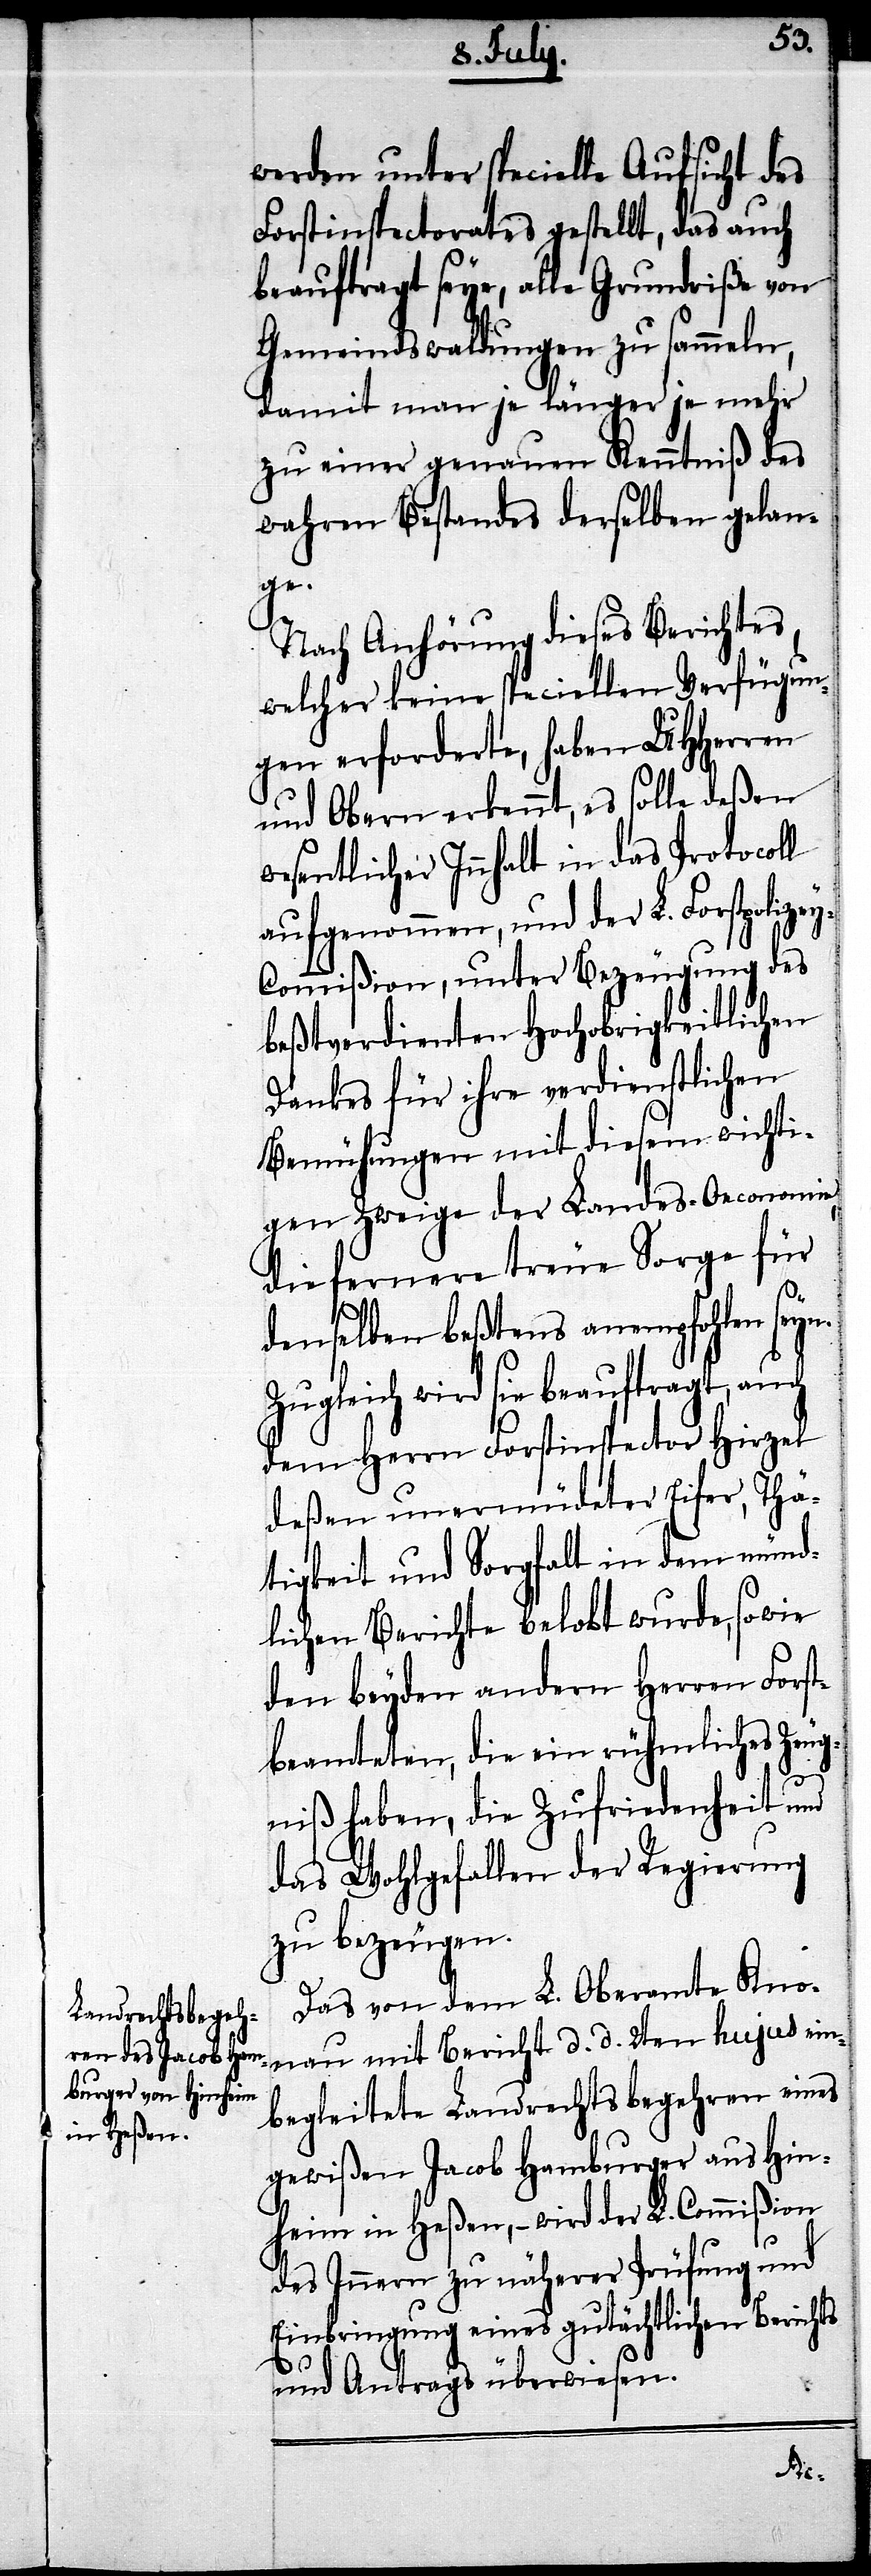
werden unter specielle Aufsicht des
Forstinspectorates gestellt, das auch
beauftragt seye, alle Grundriße von
Gemeindswaldungen zu sammeln,
damit man je länger je mehr
zu einer genauen Kenntniß des
wahren Bestandes derselben gelan¬
ge.
Nach Anhörung dieses Berichtes,
welcher keine speciellen Verfügun¬
gen erforderte, haben UHHerren
und Obern erkennt, es solle deßen
wesentlicher Innhalt in das Protocoll
aufgenommen, und der L. Forstpolize¬
y-Commißion, unter Bezeugung des
Beßtverdienten Hochobrigkeitlichen
Dankes für ihre verdienstlichen
Bemühungen mit diesem wichti¬
gen Zweige der Landes-Oeconomie,
die fernere treue Sorge für
denselben beßtens anempfohlen seyn.
Zugleich wird sie beauftragt, auch
dem Herrn Forstinspector Hirzel
deßen unermüdeter Eifer, Thä¬
tigkeit und Sorgfalt in dem münd¬
lichen Berichte belobt wurde, sowie
den beyden andern Herren Forst¬
beamteten, die ein rühmliches Zeug¬
niß haben, die Zufriedenheit und
das Wohlgefallen der Regierung
zu bezeugen.
Das von dem L. Oberamte Kno¬
nau mit Bericht d. d. 2ten hujus ein¬
begleitete Landrechtsbegehren eines
gewißen Jacob Hamburger aus Hin¬
heim in Heßen, – wird der L. Commißion
des Innern zu näherer Prüfung und
Einbringung eines gutächtlichen Berichts
und Antrags überwiesen.